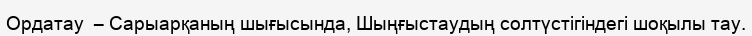
Ордатау  – Сарыарқаның шығысында, Шыңғыстаудың солтүстігіндегі шоқылы тау.